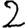
Digit: 2